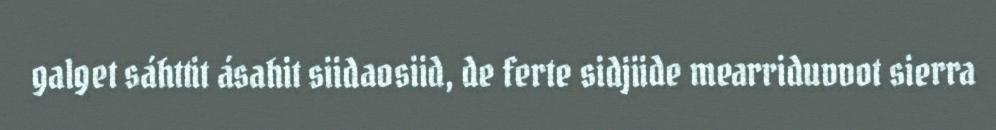
galget sáhttit ásahit siidaosiid, de ferte sidjiide mearriduvvot sierra